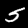
Digit: 5